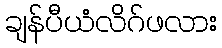
ချန်ပီယံလိဂ်ဖလား